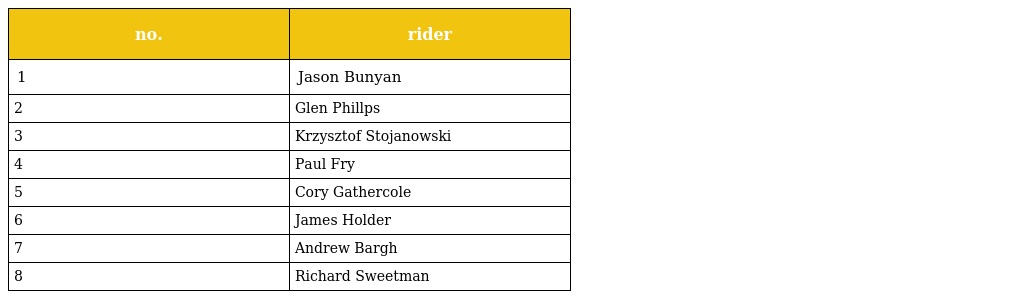
| no. | rider |
 | --- | --- |
 | 1 | Jason Bunyan |
 | 2 | Glen Phillps |
 | 3 | Krzysztof Stojanowski |
 | 4 | Paul Fry |
 | 5 | Cory Gathercole |
 | 6 | James Holder |
 | 7 | Andrew Bargh |
 | 8 | Richard Sweetman |